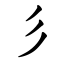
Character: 彡